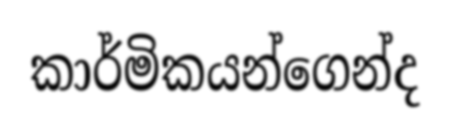
කාර්මිකයන්ගෙන්ද